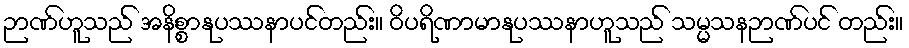
ဉာဏ်ဟူသည် အနိစ္စာနုပဿနာပင်တည်း။ ဝိပရိဏာမာနုပဿနာဟူသည် သမ္မသနဉာဏ်ပင် တည်း။